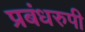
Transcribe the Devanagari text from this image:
प्रबंधरुपी